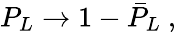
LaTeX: P_{L}\rightarrow 1-{\bar{P}}_{L}~,